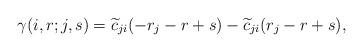
LaTeX: \begin{align*}\gamma(i, r; j, s)=\widetilde{c}_{ji}(-r_j-r+s)-\widetilde{c}_{ji}(r_j-r+s), \end{align*}